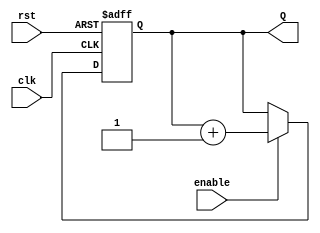
`timescale 1ns / 1ps
//////////////////////////////////////////////////////////////////////////////////
//  Company: ITESO
//  Engineers: Braulio Martinez Aceves, Jorge Alberto Padilla Gutierrez
//  Module Description: N bit Counter
//////////////////////////////////////////////////////////////////////////////////
module Counter_Param
 # (parameter n = 8)
(
    input clk,
    input rst,
    input enable,
    output reg [n-1:0] Q
    );
 always @(posedge rst, posedge clk) 
    begin
        if (rst)
            Q <= {n{1'b0}};
        else
            if (enable)
                Q <= Q + 1'b1;
            else
                Q <= Q;
    end 
endmodule